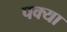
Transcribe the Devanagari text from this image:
पक्या